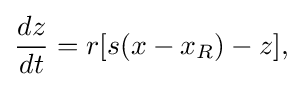
{\begin{aligned}{\frac {dz}{dt}}&=r[s(x-x_{R})-z],\\\end{aligned}}